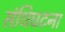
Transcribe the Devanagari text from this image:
संधिघटना